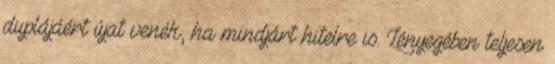
duplájáért újat venék, ha mindjárt hitelre is. Lényegében teljesen